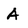
Character: A